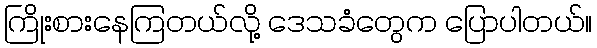
ကြိုးစားနေကြတယ်လို့ ဒေသခံတွေက ပြောပါတယ်။